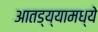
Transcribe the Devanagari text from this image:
आतड्य्यामध्ये